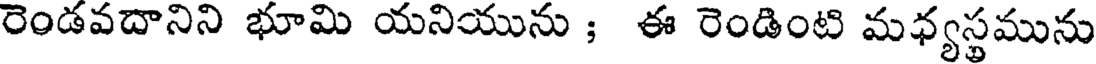
రెండవదానిని భూమి యనియును ; ఈ రెండింటి మధ్యస్థమును